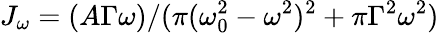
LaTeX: J_{\omega}=(A\Gamma\omega)/(\pi(\omega_{0}^{2}-\omega^{2})^{2}+\pi\Gamma^{2}\omega^{2})